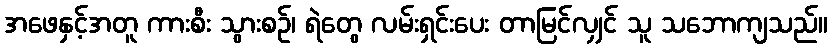
အဖေနှင့်အတူ ကားစီး သွားစဉ်၊ ရဲတွေ လမ်းရှင်းပေး တာမြင်လျှင် သူ သဘောကျသည်။